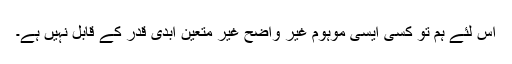
اس لئے ہم تو کسی ایسی موہوم غیر واضح غیر متعین ابدی قدر کے قابل نہیں ہے۔